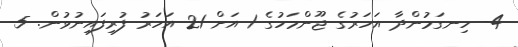
4- ހިނގަމުންދާ އަހަރުގެ ޖޫންމަހުގެ 1 އަށް 21 އަހަރު ފުރިފައިނުވުން. 5-